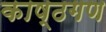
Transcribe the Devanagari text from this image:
काष्ठगण